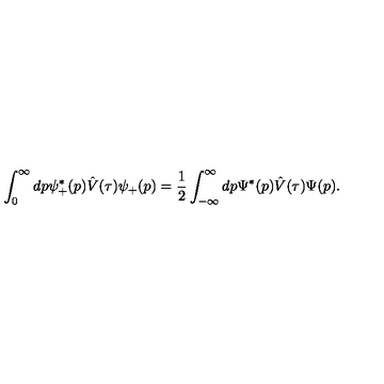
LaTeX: \int _ { 0 } ^ { \infty } d p \psi _ { + } ^ { * } ( p ) \hat { V } ( \tau ) \psi _ { + } ( p ) = \frac { 1 } { 2 } \int _ { - \infty } ^ { \infty } d p \Psi ^ { * } ( p ) \hat { V } ( \tau ) \Psi ( p ) .